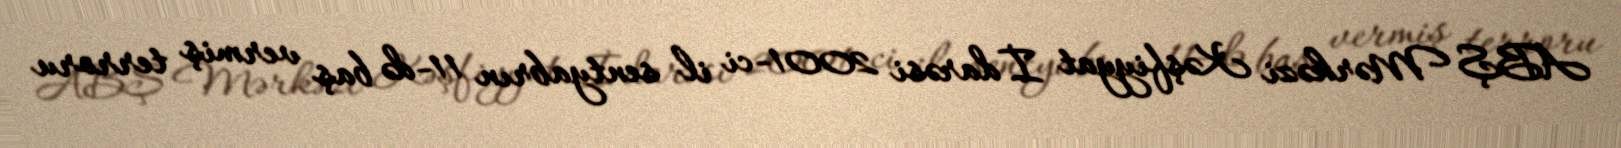
ABŞ Mərkəzi Kəşfiyyat İdarəsi 2001-ci il sentyabrın 11-də baş vermiş terroru